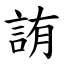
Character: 詴